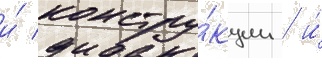
и́ констру́кции / и́